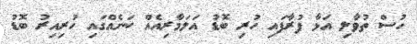
ހުސް ތުވާލި އަޅާ ފުރާފައި ހުރި ބޮޑު އަލަމާރިއެއް ކަނެއްގައި ހުރިއިރު ބޮޑު